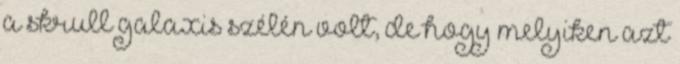
a skrull galaxis szélén volt, de hogy melyiken azt